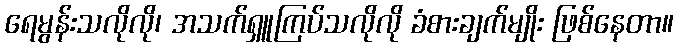
ရေမွန်းသလိုလို၊ အသက်ရှူကြပ်သလိုလို ခံစားချက်မျိုး ဖြစ်နေတာ။